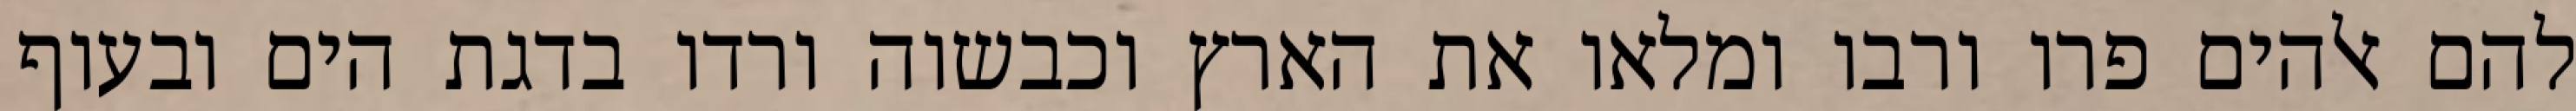
להם אלהים פרו ורבו ומלאו את הארץ וכבשוה ורדו בדגת הים ובעוף